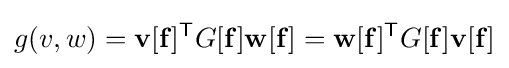
g(v,w)=\mathbf {v} [\mathbf {f} ]^{\mathsf {T}}G[\mathbf {f} ]\mathbf {w} [\mathbf {f} ]=\mathbf {w} [\mathbf {f} ]^{\mathsf {T}}G[\mathbf {f} ]\mathbf {v} [\mathbf {f} ]